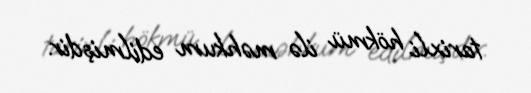
tarixli hökmü ilə məhkum edilmişdir.